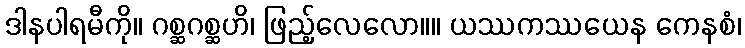
ဒါနပါရမီကို။ ဂစ္ဆဂစ္ဆဟိ၊ ဖြည့်လေလော။။ ယဿကဿယေန ကေနစံ၊